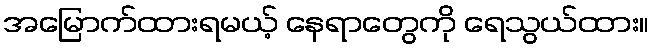
အမြောက်ထားရမယ့် နေရာတွေကို ရေသွယ်ထား။